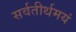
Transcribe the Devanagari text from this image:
सर्वतीर्थमयं